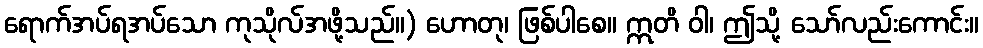
ရောက်အပ်ရအပ်သော ကုသိုလ်အဖို့သည်။) ဟောတု၊ ဖြစ်ပါစေ။ ဣတိ ဝါ၊ ဤသို့ သော်လည်းကောင်း။